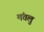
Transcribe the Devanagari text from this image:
मंतलु